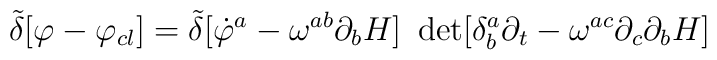
{\tilde\delta}[\varphi -\varphi _{cl}]={\tilde\delta}[{\dot\varphi ^{a}-\omega^{ab}\partial_{b}H]~\det [\delta^{a}_{b}\partial_{t}-\omega^{ac}\partial_{c}\partial_{b}H}]